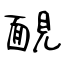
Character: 靦